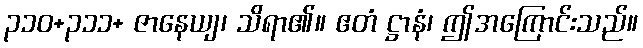
၃၁၀+၃၁၁+ ဇာနေယျ၊ သိရာ၏။ ဧတံ ဋ္ဌာနံ၊ ဤအကြောင်းသည်။